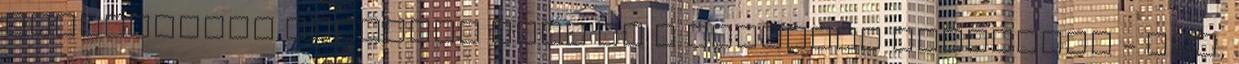
óriásplakát szöveget írni és a látványt kitalálni - nos,